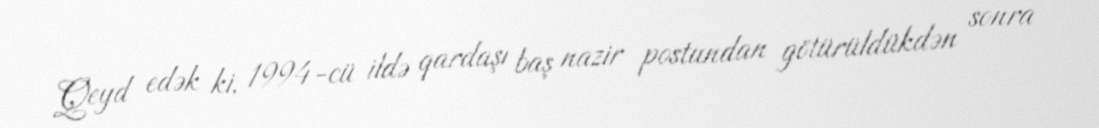
Qeyd edək ki, 1994-cü ildə qardaşı baş nazir postundan götürüldükdən sonra